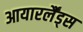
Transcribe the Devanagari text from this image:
आयारर्लैंड्स